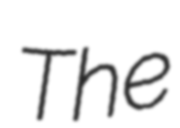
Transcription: The